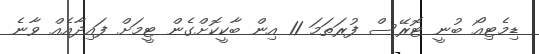
ޑިމެޓިއޯ ބުނީ ޓޮރޭސް ފުރަތަމަ 11 އިން ބާކީކޮށްގެން ޓީމަށް ފައިދާއެއް ވާނެ